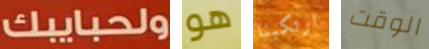
ولحبايبك هو ارتكبنا الوقت